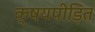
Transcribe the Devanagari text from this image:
क्षयपीड़ित